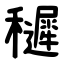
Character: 䆈